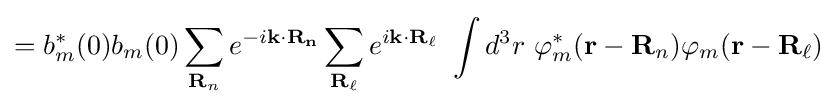
=b_{m}^{*}(0)b_{m}(0)\sum _{\mathbf {R} _{n}}e^{-i\mathbf {k\cdot R_{n}} }\sum _{\mathbf {R_{\ell }} }e^{i\mathbf {k\cdot R_{\ell }} }\ \int d^{3}r\ \varphi _{m}^{*}(\mathbf {r} -\mathbf {R} _{n})\varphi _{m}(\mathbf {r} -\mathbf {R} _{\ell })